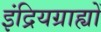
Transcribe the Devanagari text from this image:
इंद्रियग्राह्यों